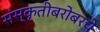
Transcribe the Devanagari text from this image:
संस्कृतीबरोबरचे